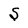
Character: S